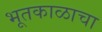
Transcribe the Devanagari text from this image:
भूतकाळाचा